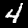
Digit: 4